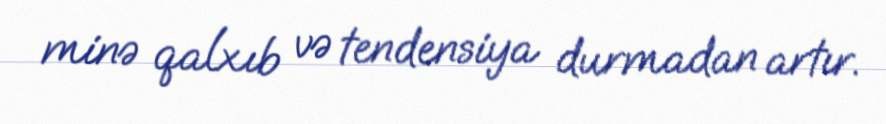
minə qalxıb və tendensiya durmadan artır.